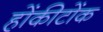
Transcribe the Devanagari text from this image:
होंकीटोंक